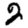
Digit: 2